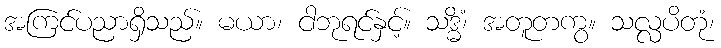
အကြင်ပညာရှိသည်။ မယာ၊ ငါဘုရင်နှင့်။ သဒ္ဓိံ၊ အတူတကွ။ သလ္လပိတုံ၊